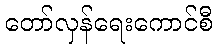
တော်လှန်ရေးကောင်စီ